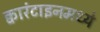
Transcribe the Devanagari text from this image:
क्वारंटाइनमध्ये